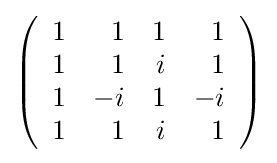
{\textstyle \left({\begin{array}{rrrr}1&1&1&1\\1&1&i&1\\1&-i&1&-i\\1&1&i&1\\\end{array}}\right)}